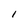
Character: 1